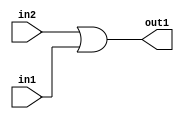
`timescale 1ps / 1ps
/*****************************************************************************
    Verilog RTL Description
    
    
    Created by: Stratus DpOpt 2019.1.01 
*******************************************************************************/

module DC_Filter_Or_1Ux1U_1U_1 (
	in2,
	in1,
	out1
	); /* architecture "behavioural" */ 
input  in2,
	in1;
output  out1;
wire  asc001;

assign asc001 = 
	(in2)
	|(in1);

assign out1 = asc001;
endmodule

/* CADENCE  urb5TQE= : u9/ySgnWtBlWxVPRXgAZ4Og= ** DO NOT EDIT THIS LINE ******/